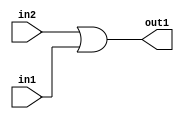
`timescale 1ps / 1ps
/*****************************************************************************
    Verilog RTL Description
    
    
    Created by: Stratus DpOpt 2019.1.01 
*******************************************************************************/

module DC_Filter_Or_1Ux1U_1U_1 (
	in2,
	in1,
	out1
	); /* architecture "behavioural" */ 
input  in2,
	in1;
output  out1;
wire  asc001;

assign asc001 = 
	(in2)
	|(in1);

assign out1 = asc001;
endmodule

/* CADENCE  urb5TQE= : u9/ySgnWtBlWxVPRXgAZ4Og= ** DO NOT EDIT THIS LINE ******/